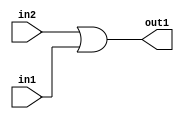
`timescale 1ps / 1ps
/*****************************************************************************
    Verilog RTL Description
    
    
    Created by: Stratus DpOpt 2019.1.01 
*******************************************************************************/

module DC_Filter_Or_1Ux1U_1U_1 (
	in2,
	in1,
	out1
	); /* architecture "behavioural" */ 
input  in2,
	in1;
output  out1;
wire  asc001;

assign asc001 = 
	(in2)
	|(in1);

assign out1 = asc001;
endmodule

/* CADENCE  urb5TQE= : u9/ySgnWtBlWxVPRXgAZ4Og= ** DO NOT EDIT THIS LINE ******/